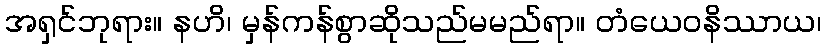
အရှင်ဘုရား။ နဟိ၊ မှန်ကန်စွာဆိုသည်မမည်ရာ။ တံယေဝနိဿာယ၊